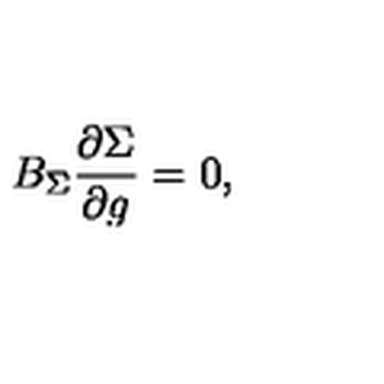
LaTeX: B _ { \Sigma } \frac { \partial \Sigma } { \partial g } = 0 ,